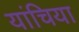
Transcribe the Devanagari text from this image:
यांचिया